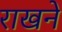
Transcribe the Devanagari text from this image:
राखने